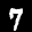
Label: 7